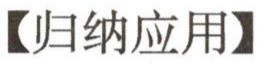
【归纳应用】